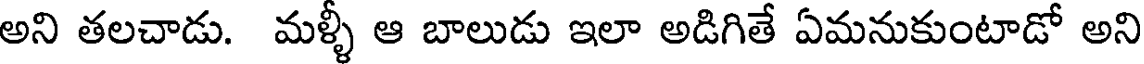
అని తలచాడు. మళ్ళీ ఆ బాలుడు ఇలా అడిగితే ఏమనుకుంటాడో అని